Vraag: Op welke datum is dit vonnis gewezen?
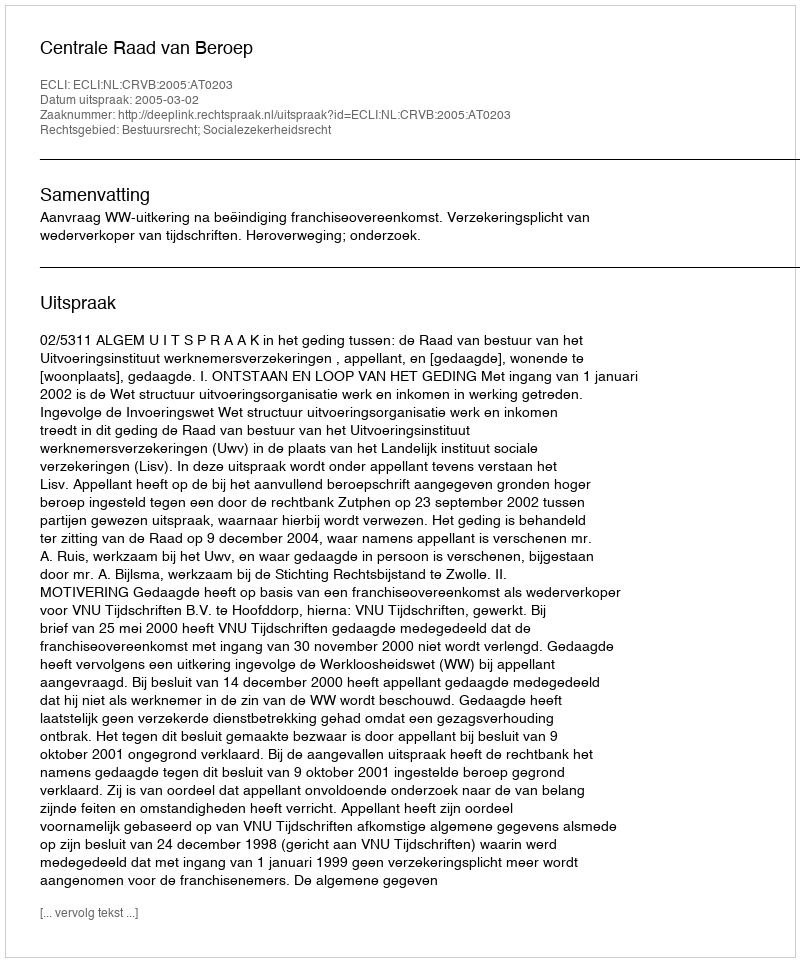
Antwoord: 2005-03-02